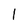
Character: 1